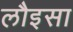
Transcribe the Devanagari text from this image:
लौइसा